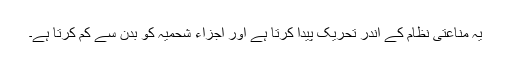
یہ مناعتی نظام کے اندر تحریک پیدا کرتا ہے اور اجزاء شحمیہ کو بدن سے کم کرتا ہے۔